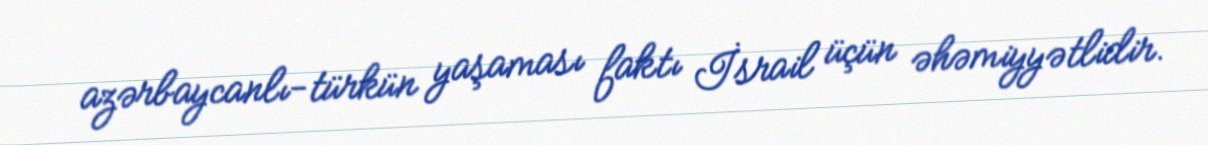
azərbaycanlı-türkün yaşaması faktı İsrail üçün əhəmiyyətlidir.